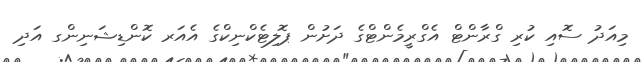
މިއަދު ސޮއި ކުރި ގްރާންޓް އެގްރީމެންޓްގެ ދަށުން ޕޮލިޓެކްނިކްގެ އެއަރ ކޮންޑިޝަނިންގ އަދި